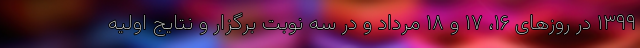
۱۳۹۹ در روز‌های ۱۶، ۱۷ و ۱۸ مرداد و در سه نوبت برگزار و نتایج اولیه